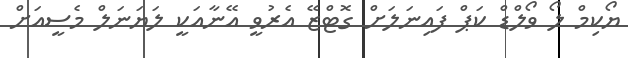
ޔޯކިމް ލޯ ވޯލްޑް ކަޕް ފައިނަލަށް ގޮޓްޒޭ އެރުވީ އޭނާއަކީ ލަޔަނަލް މެސީއަށް